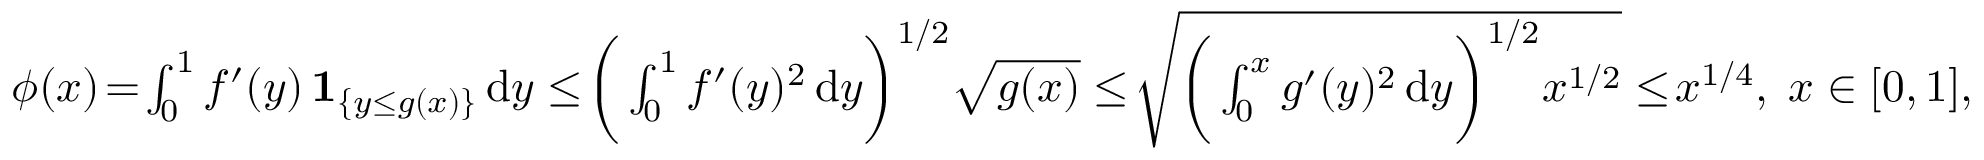
\begin{array} { r } { \phi ( x ) \! = \! \int _ { 0 } ^ { 1 } f ^ { \prime } ( y ) \, \mathbf { 1 } _ { \{ y \le g ( x ) \} } \, \mathrm { d } y \le \! \bigg ( \int _ { 0 } ^ { 1 } f ^ { \prime } ( y ) ^ { 2 } \, \mathrm { d } y \bigg ) ^ { 1 / 2 } \sqrt { g ( x ) } \le \! \sqrt { \bigg ( \int _ { 0 } ^ { x } g ^ { \prime } ( y ) ^ { 2 } \, \mathrm { d } y \bigg ) ^ { 1 / 2 } x ^ { 1 / 2 } } \le \! x ^ { 1 / 4 } , \; x \in [ 0 , 1 ] , } \end{array}